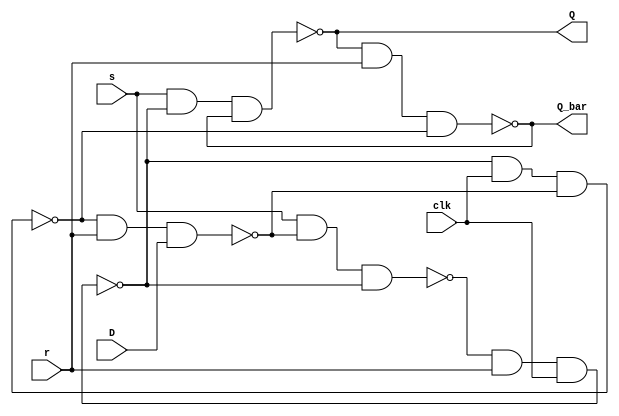
module DFlipFlop(Q,Q_bar,D,s,r,clk);
	output Q,Q_bar;
	input D,s,r,clk;
	wire t1,t2,t3;
	nand #3 u1(t1,s,t4,t2),
			u2(t2,t1,r,clk),
			u3(t3,t2,clk,t4),
			u4(t4,t3,r,D),
			u5(Q,s,t2,Q_bar),
			u6(Q_bar,Q,r,t3);
endmodule